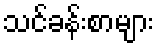
သင်ခန်းစာများ